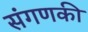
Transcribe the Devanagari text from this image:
संगणकी